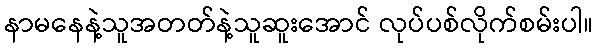
နာမနေနဲ့သူအတတ်နဲ့သူဆူးအောင် လုပ်ပစ်လိုက်စမ်းပါ။